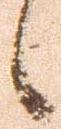
候